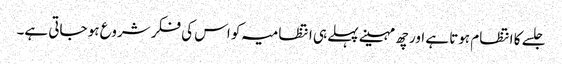
جلسے کا انتظام ہوتا ہے اور چھ مہینے پہلے ہی انتظامیہ کو اس کی فکر شروع ہو جاتی ہے۔